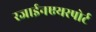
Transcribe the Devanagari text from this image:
रजाईनएयरपोर्ट